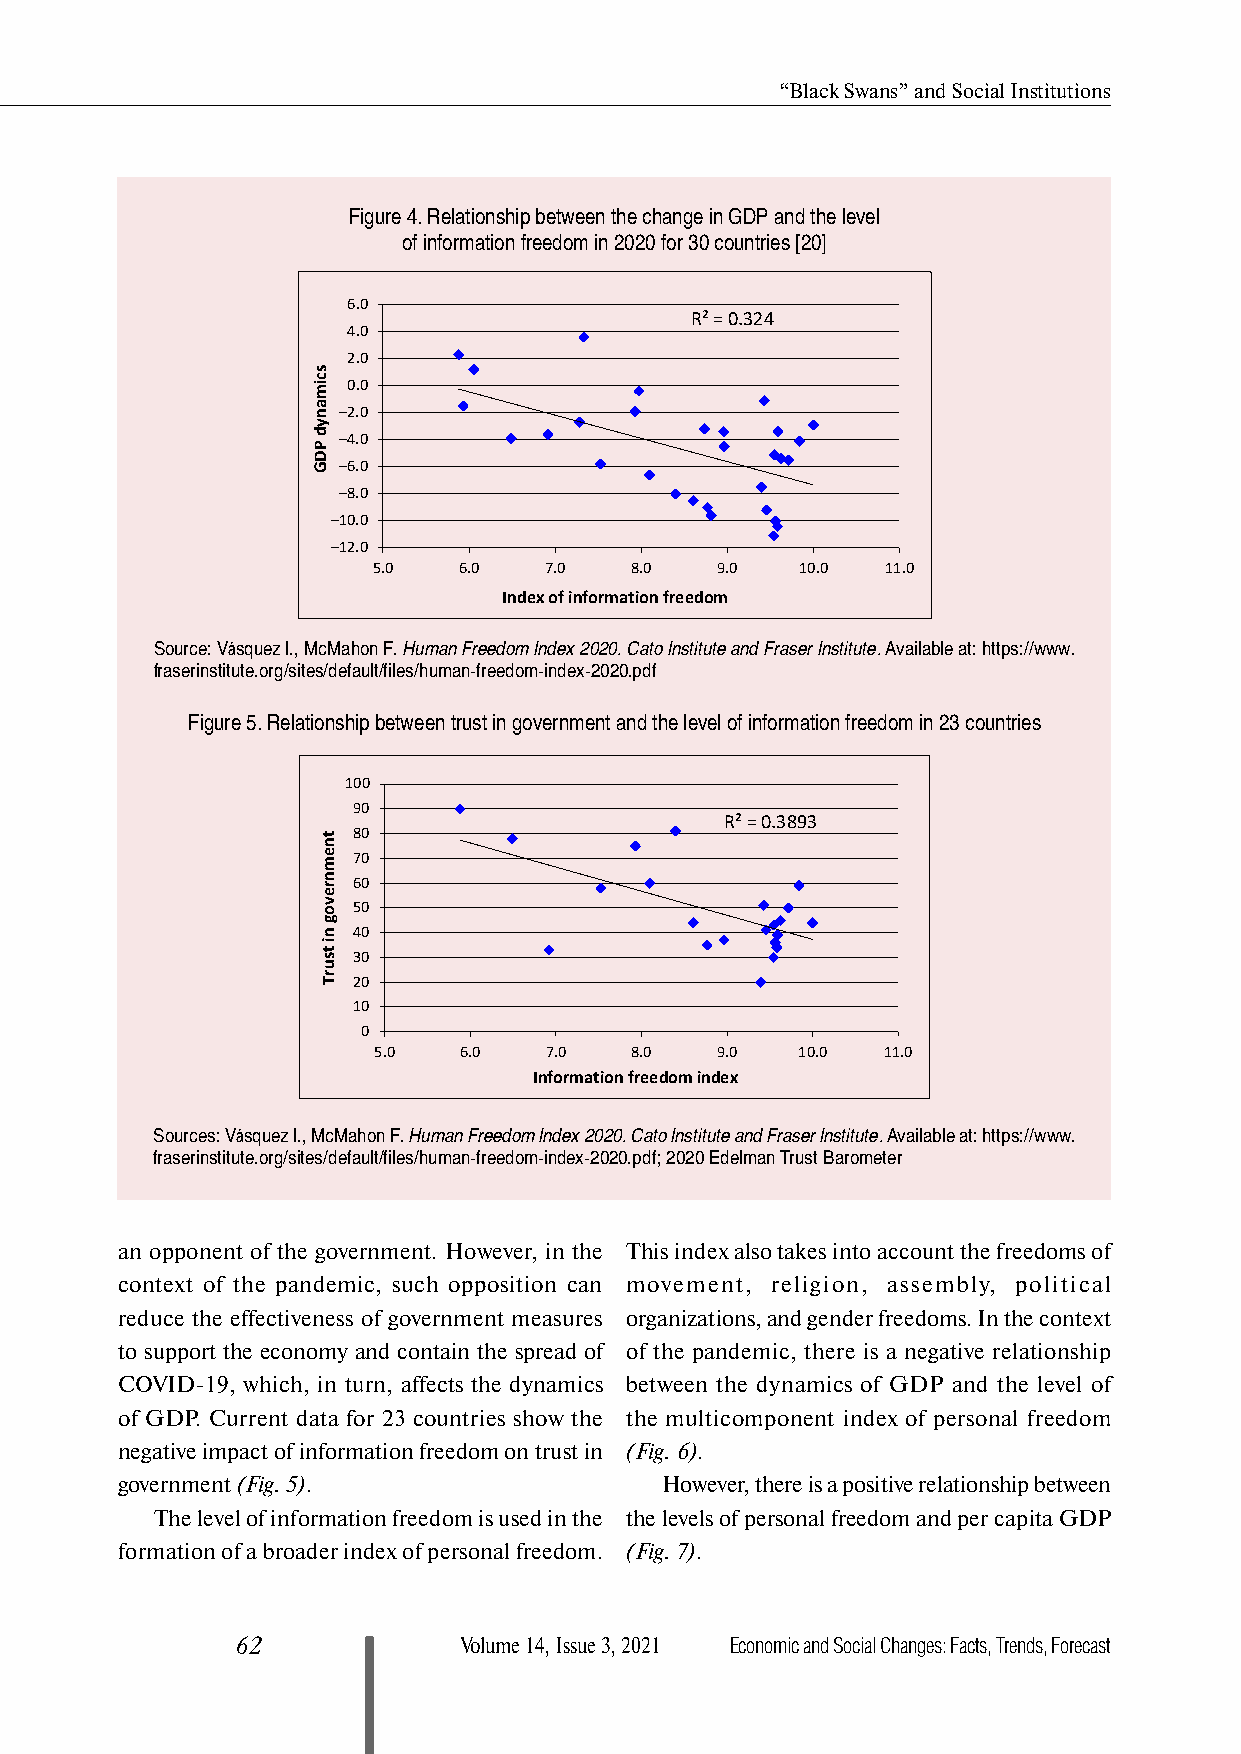
“Black Swans” and Social Institutions
 Figure 4. Relationship between the change in GDP and the level
 of information freedom in 2020 for 30 countries [20]
 6.0
 R² = 0.324
 4.0
 2.0
 0.0
 –2.0
 –4.0
 –6.0
 –8.0
 –10.0
 –12.0
 5.0  6.0   7.0   8.0  9.0   10.0  11.0
 Index of information freedom
 Source: Vásquez I., McMahon F. Human Freedom Index 2020. Cato Institute and Fraser Institute. Available at: https://www.
 fraserinstitute.org/sites/default/files/human-freedom-index-2020.pdf
 Figure 5. Relationship between trust in government and the level of information freedom in 23 countries
 100
 90
 R² = 0.3893
 80
 70
 60
 50
 40
 30
 20
 10
 0
 5.0  6.0   7.0   8.0  9.0   10.0 11.0
 Information freedom index
 Sources: Vásquez I., McMahon F. Human Freedom Index 2020. Cato Institute and Fraser Institute. Available at: https://www.
 fraserinstitute.org/sites/default/files/human-freedom-index-2020.pdf; 2020 Edelman Trust Barometer
 an opponent of the government. However, in the This index also takes into account the freedoms of
 context of the pandemic, such opposition can movement, religion, assembly, political
 reduce the effectiveness of government measures organizations, and gender freedoms. In the context
 to support the economy and contain the spread of of the pandemic, there is a negative relationship
 COVID-19, which, in turn, affects the dynamics between the dynamics of GDP and the level of
 of GDP. Current data for 23 countries show the the multicomponent index of personal freedom
 negative impact of information freedom on trust in (Fig. 6).
 government (Fig. 5).                However, there is a positive relationship between
 The level of information freedom is used in the the levels of personal freedom and per capita GDP
 formation of a broader index of personal freedom. (Fig. 7).
 62            Volume 14, Issue 3, 2021 Economic and Social Changes: Facts, Trends, Forecast
 scimanyd
 PDG
 tnemnrevog
 ni
 tsurT